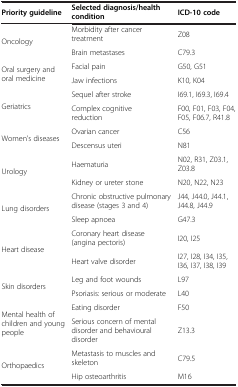
| Priority guideline | Selected diagnosis/health condition | ICD-10 code |
 | --- | --- | --- |
 | <ROWSPAN=2> Oncology | Morbidity after cancer treatment | Z08 |
 | Brain metastases | C79.3 |
 | <ROWSPAN=2> Oral surgery and oral medicine | Facial pain | G50, G51 |
 | Jaw infections | K10, K04 |
 | <ROWSPAN=2> Geriatrics | Sequel after stroke | I69.1, I69.3, I69.4 |
 | Complex cognitive reduction | F00, F01, F03, F04, F05, F06.7, R41.8 |
 | <ROWSPAN=2> Women’s diseases | Ovarian cancer | C56 |
 | Descensus uteri | N81 |
 | <ROWSPAN=2> Urology | Haematuria | N02, R31, Z03.1, Z03.8 |
 | Kidney or ureter stone | N20, N22, N23 |
 | <ROWSPAN=2> Lung disorders | Chronic obstructive pulmonary disease (stages 3 and 4) | J44, J44.0, J44.1, J44.8, J44.9 |
 | Sleep apnoea | G47.3 |
 | <ROWSPAN=2> Heart disease | Coronary heart disease (angina pectoris) | I20, I25 |
 | Heart valve disorder | I27, I28, I34, I35, I36, I37, I38, I39 |
 | <ROWSPAN=2> Skin disorders | Leg and foot wounds | L97 |
 | Psoriasis: serious or moderate | L40 |
 | <ROWSPAN=2> Mental health of children and young people | Eating disorder | F50 |
 | Serious concern of mental disorder and behavioural disorder | Z13.3 |
 | <ROWSPAN=2> Orthopaedics | Metastasis to muscles and skeleton | C79.5 |
 | Hip osteoarthritis | M16 |